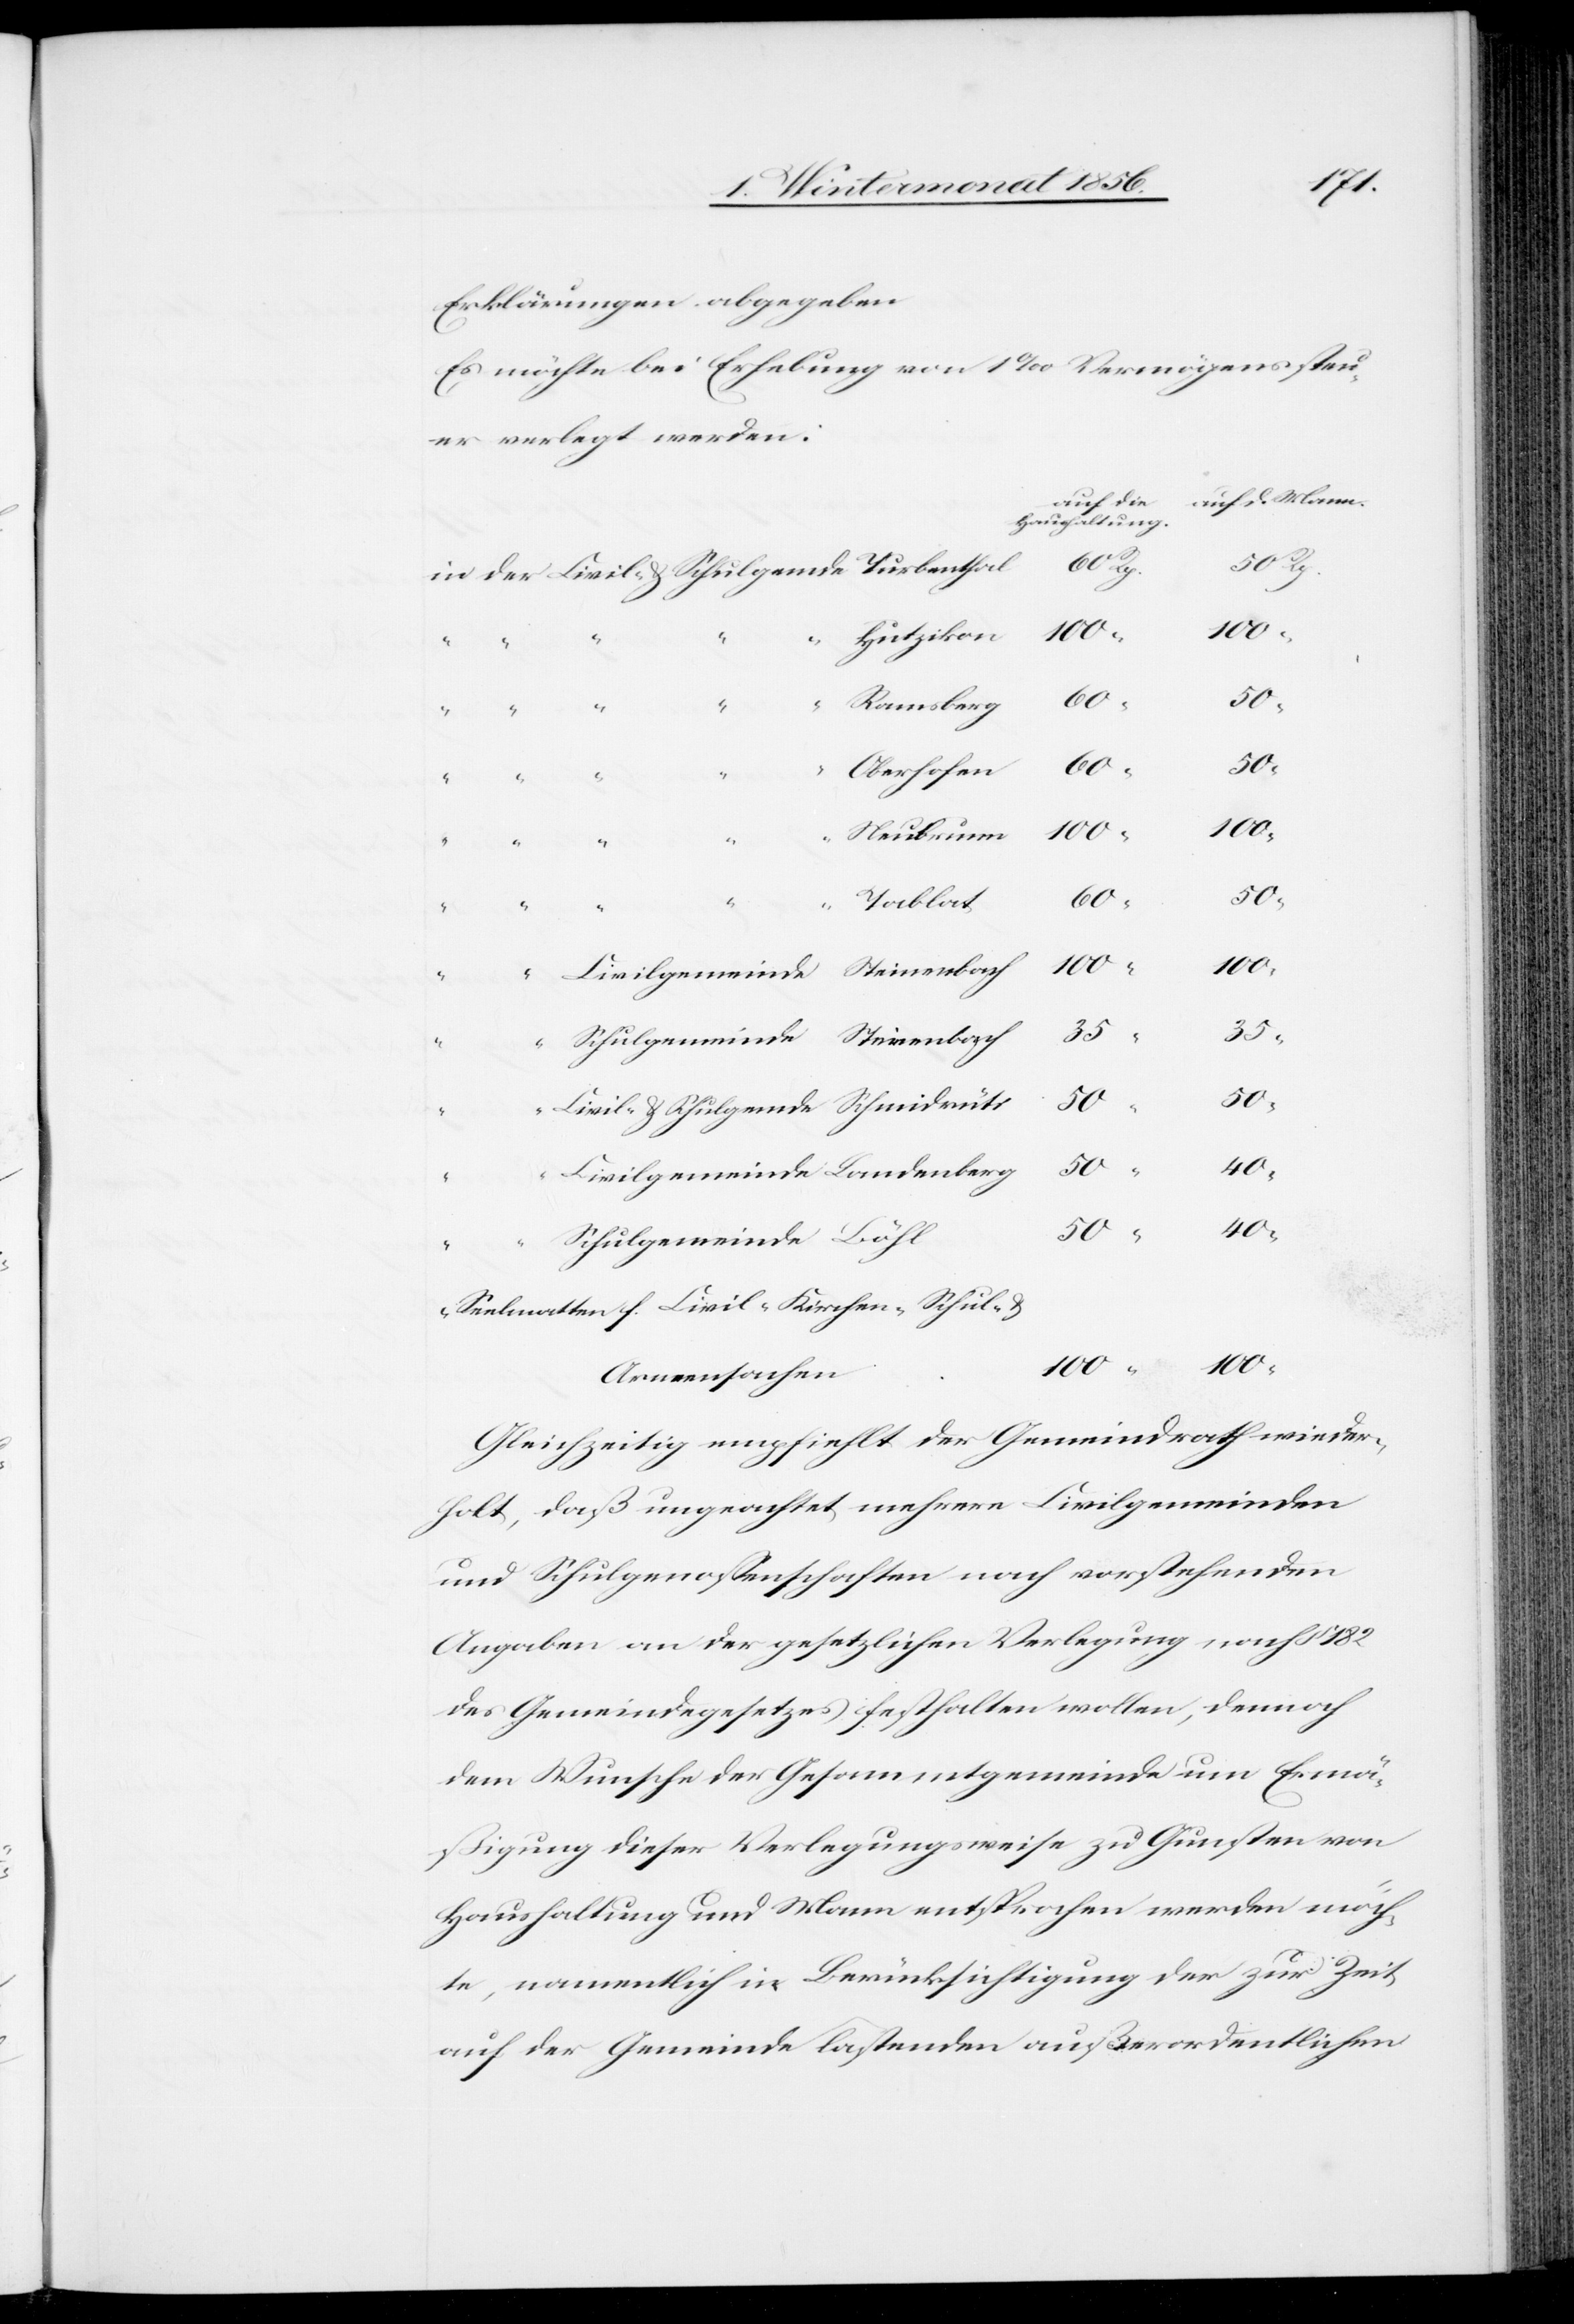
Erklärungen abgegeben[:]
Es möchte bei Erhebung von 1‰ Vermögenssteu¬
er verlegt werden:
auf d. Mann.
Haushaltung.
Rp.
Hutzikon
60
Oberhofen
182
Neubrunn
60
Tablat
60
50
50
40
Seelenmatten f. Civil-[,] Kirchen-[,] Schul- &
100
Armensachen
Gleichzeitig empfiehlt der Gemeindrath wieder¬
holt, daß ungeachtet mehrere Civilgemeinden
und Schulgenossenschaften nach vorstehenden
Angaben an der gesetzlichen Verlegung nach §
des Gemeindegesetzes festhalten wollen, dennoch
dem Wunsche der Gesammtgemeinde um Ermä¬
ßigung dieser Verlegungsweise zu Gunsten von
Haushaltung und Mann entsprochen werden möch¬
te, namentlich in Berücksichtigung der zur Zeit
auf der Gemeinde lastenden außerordentlichen